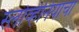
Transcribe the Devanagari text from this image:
स्लोव्हेनियाचा